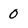
Character: 0